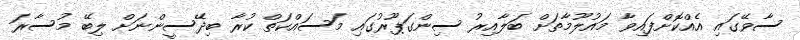
ސާވޭގައި އެއްކޮށްފައިވާ މައުލޫމާތަށް ބަލާއިރު ސިންގަޕޫރުގައި މަސައްކަތް ކުރާ ބިދޭސީންނަށް ލިބޭ މުސާރަ